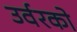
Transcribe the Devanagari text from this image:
उर्वरको